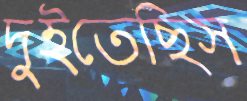
দুইতেছিস